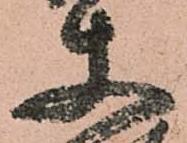
使